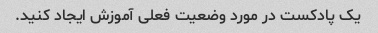
یک پادکست در مورد وضعیت فعلی آموزش ایجاد کنید.